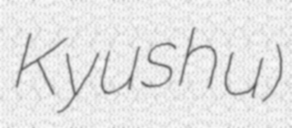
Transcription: Kyushu)